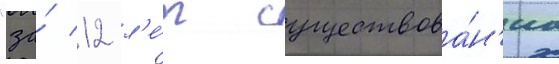
"за́ 12 л'е́т существова́н'иа